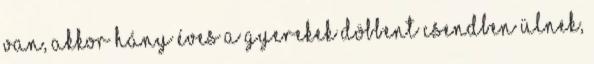
van, akkor hány éves A gyerekek döbbent csendben ülnek,